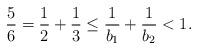
LaTeX: \begin{align*}\frac{5}{6} = \frac{1}{2} + \frac{1}{3} \leq \frac{1}{b_1} + \frac{1}{b_2} < 1.\end{align*}